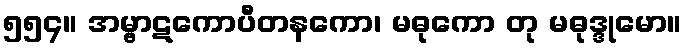
၅၅၄။ အမ္ဗာဋကောပီတနကော၊ မဓုကော တု မဓုဒ္ဒုမော။